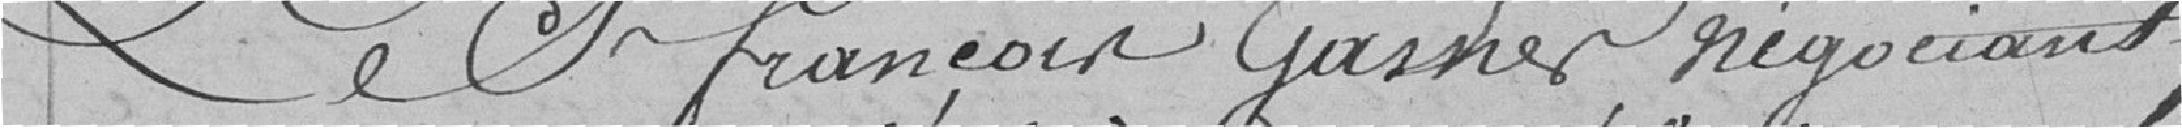
Le Sr François Gasner négociant